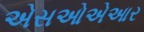
એસઓએઆર